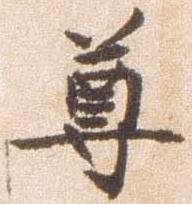
尊